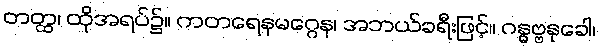
တတ္ထ၊ ထိုအရပ်၌။ ကတရေနမဂ္ဂေန၊ အဘယ်ခရီးဖြင့်။ ဂန္ဓဗ္ဗနုခေါ၊